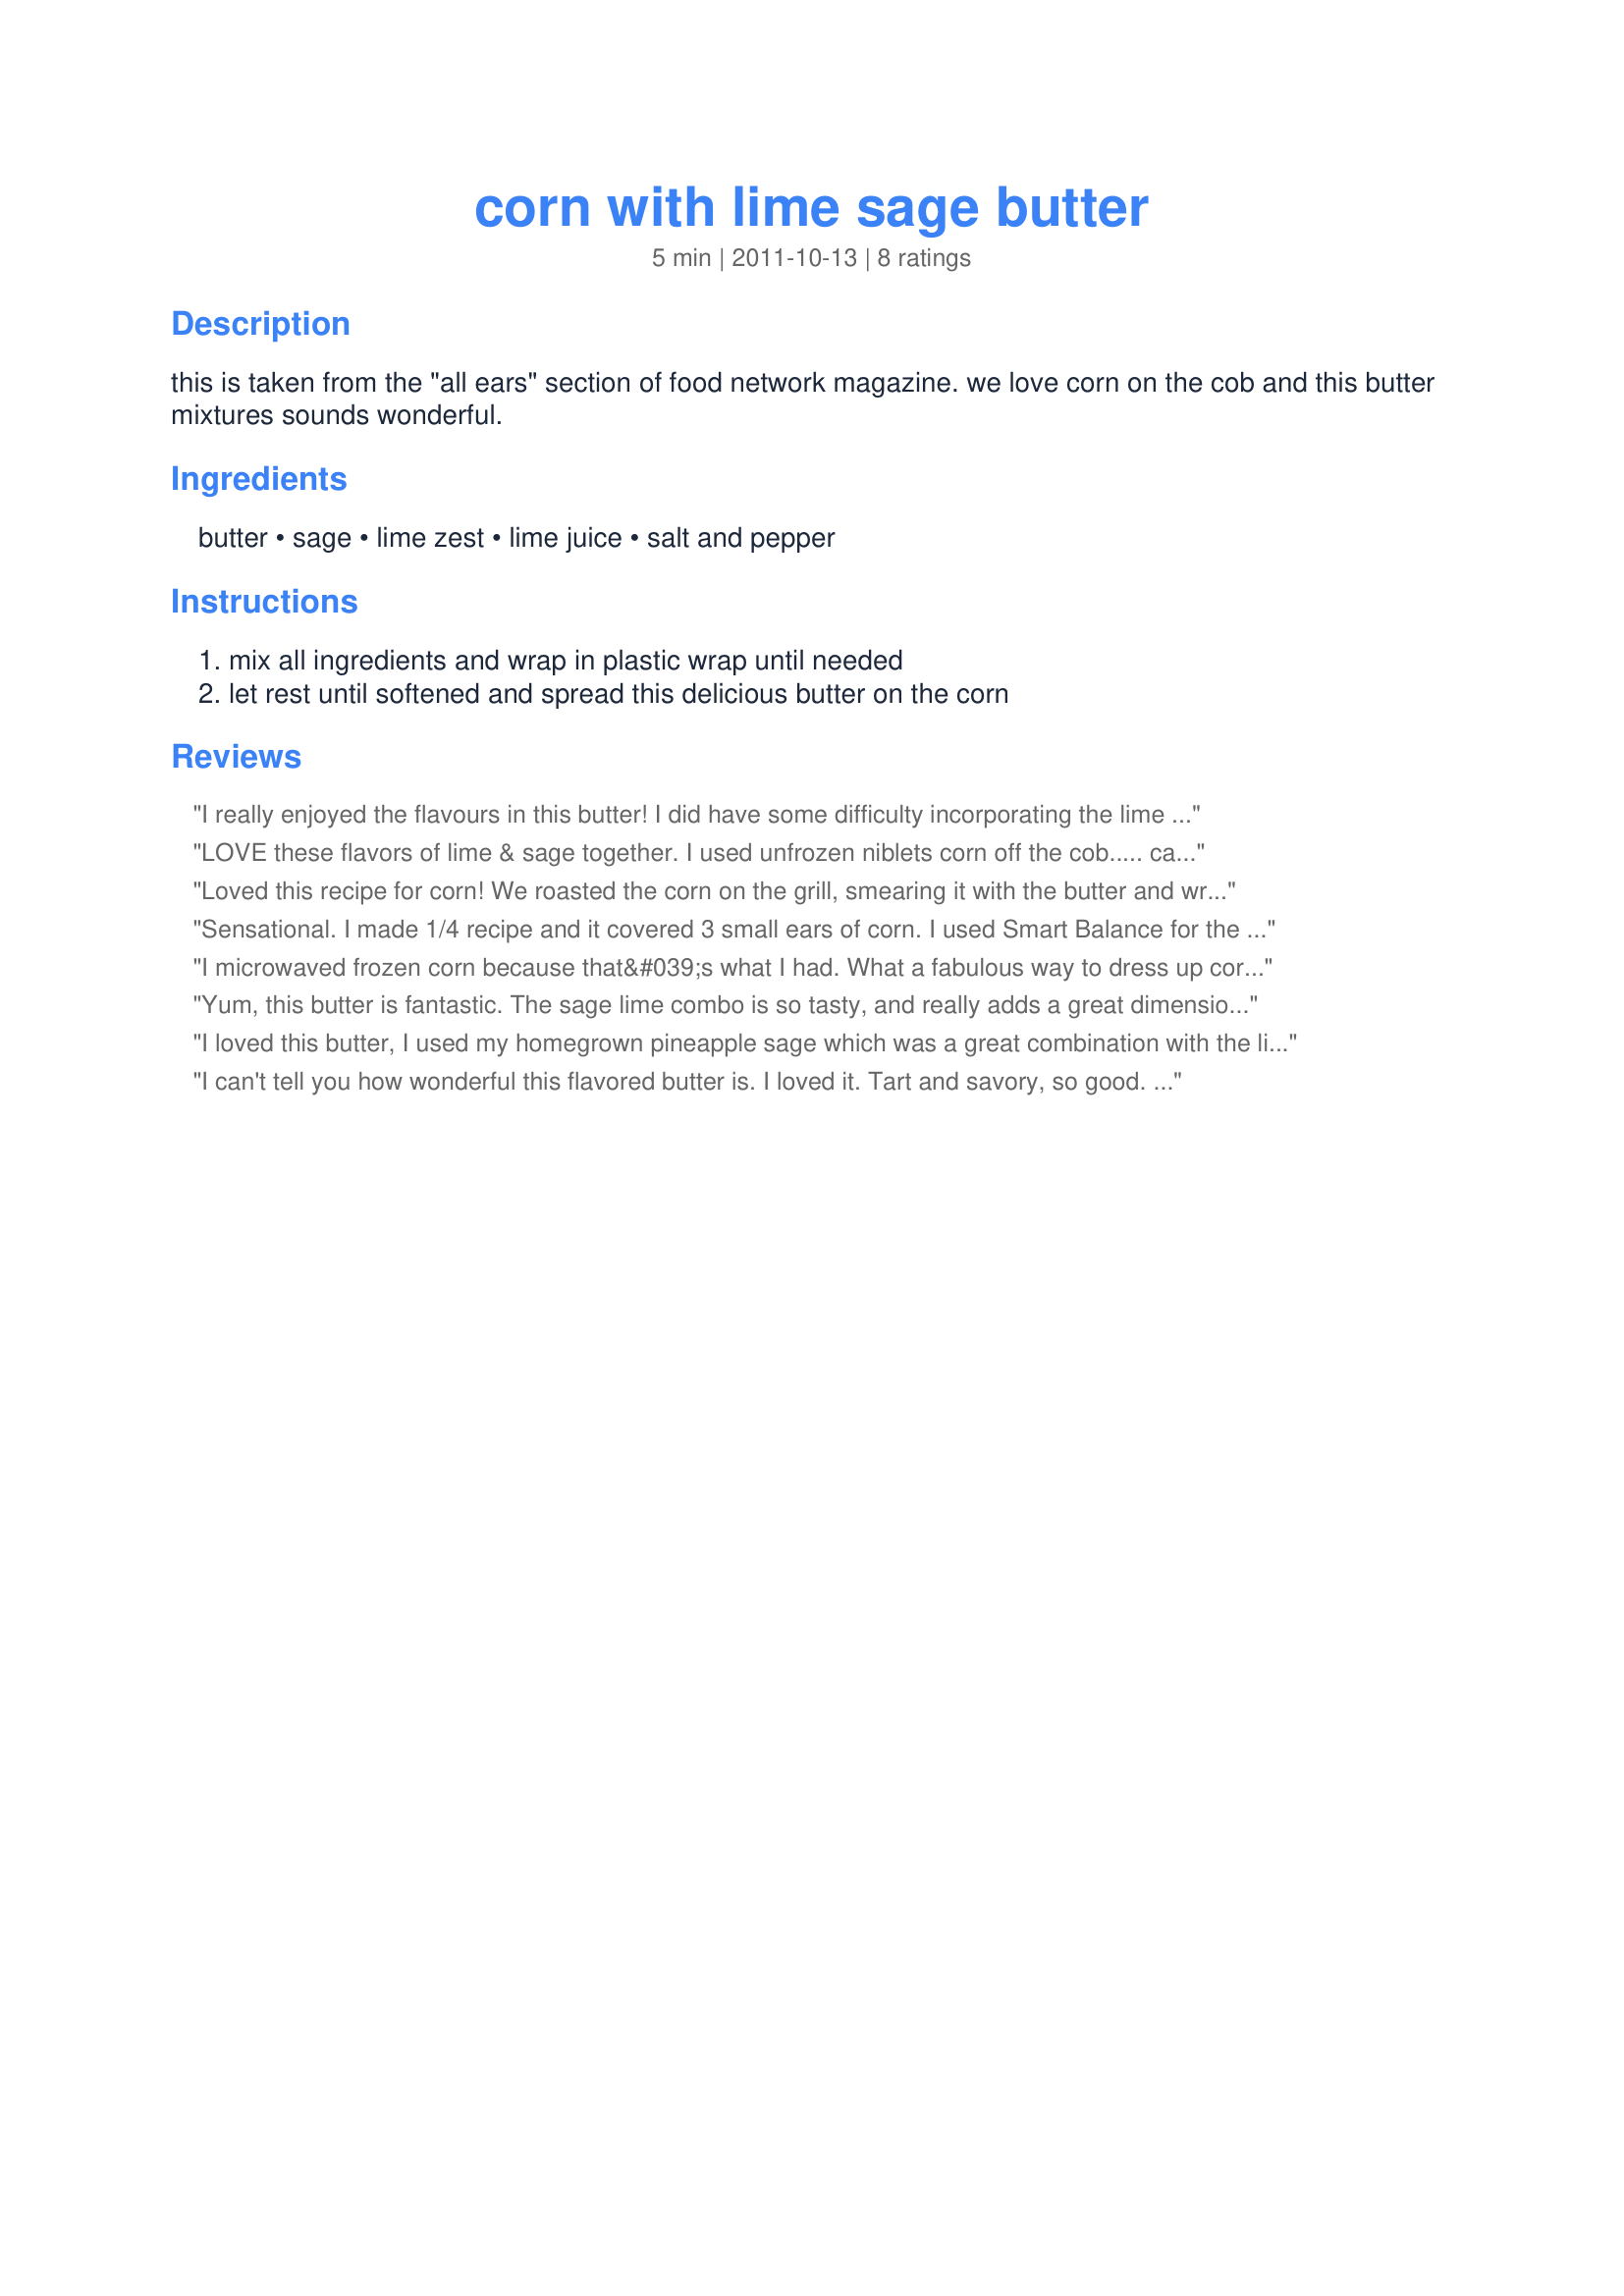
corn with lime sage butter
Preparation time: 5 minutes

this is taken from the "all ears" section of food network magazine. we love corn on the cob and this butter mixtures sounds wonderful.

Ingredients:
butter, sage, lime zest, lime juice, salt and pepper

Steps:
mix all ingredients and wrap in plastic wrap until needed, let rest until softened and spread this delicious butter on the corn

Reviews:
I really enjoyed the flavours in this butter! I did have some difficulty incorporating the lime juice with the softened butter but several minutes of whisking did the trick. Thanks! Lesley (aka K9 Owned)
LOVE these flavors of lime & sage together. I used unfrozen niblets corn off the cob..... can't wait 'til summer to grill some real corn and make this again. YUM! Made for Best of 2012 Tag game!
Loved this recipe for corn! We roasted the corn on the grill, smearing it with the butter and wrapping in foil. The lime and sage were just perfect with the smokey roasted flavor. Thanks for sharing the recipe!
Sensational. I made 1/4 recipe and it covered 3 small ears of corn. I used Smart Balance for the butter, so I did have to melt it to get the lime juice to mix in, but it was not a problem, since it was going over the corn anyway.
I microwaved frozen corn because that&#039;s what I had. What a fabulous way to dress up corn!! Who knew? So simple. I will definitely do this again &amp; maybe even with corn ON the cob! ;) Thank you! Made for CQ &#039;15 Munching Minions.
Yum, this butter is fantastic. The sage lime combo is so tasty, and really adds a great dimension to the sweet corn. Thanks for sharing! ZWT8
I loved this butter, I used my homegrown pineapple sage which was a great combination with the lime. I used it on corn cooked in the microwave, I can't wait to try it on grilled corn. Thanks for sharing ! Made for ZWT 8 by one of The Wild Bunch.
I can't tell you how wonderful this flavored butter is. I loved it. Tart and savory, so good. I used it on bbq corn on the cobb, it was perfection. I also used it on steamed carrotes and green beans with great success. Thank you so much for sharing this lovely treat. I will be making this again and again.<br/>I have placed this recipe into my Favorites for 2012. Kudos
